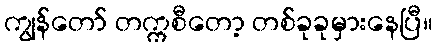
ကျွန်တော် တက္ကစီတော့ တစ်ခုခုမှားနေပြီ။